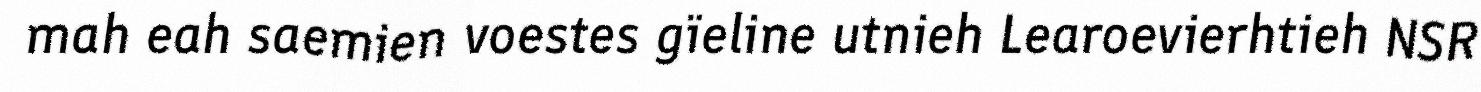
mah eah saemien voestes gïeline utnieh Learoevierhtieh NSR